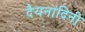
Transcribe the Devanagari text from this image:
दैयनांदिनी